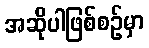
အဆိုပါဖြစ်စဉ်မှာ